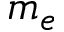
m _ { e }